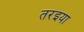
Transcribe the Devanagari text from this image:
तरइया